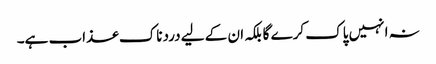
نہ انہیں پاک کرے گا بلکہ ان کے لیے دردناک عذاب ہے۔